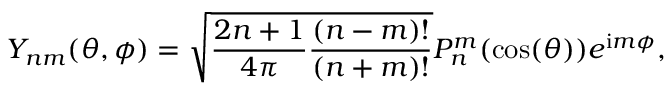
Y _ { n m } ( \theta , \phi ) = \sqrt { \frac { 2 n + 1 } { 4 \pi } \frac { ( n - m ) ! } { ( n + m ) ! } } P _ { n } ^ { m } ( \cos ( \theta ) ) e ^ { \mathrm { i } m \phi } ,